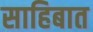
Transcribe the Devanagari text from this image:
साहिबात